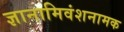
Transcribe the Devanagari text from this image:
ज्ञानामिवंशनामक